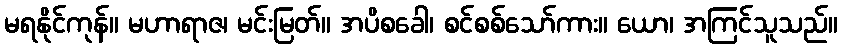
မရနိုင်ကုန်။ မဟာရာဇ၊ မင်းမြတ်။ အပိစခေါ၊ စင်စစ်သော်ကား။ ယော၊ အကြင်သူသည်။